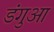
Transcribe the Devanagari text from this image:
डंगुआ